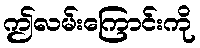
ဤလမ်းကြောင်းကို